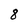
Character: 8